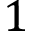
1